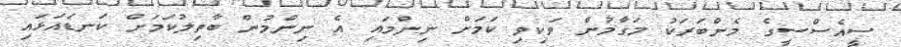
ސީއެސްސީގެ މެންބަރަކު މަގާމުން ވަކިވި ކަމަށް ނިންމައި އެ ނިންމުން ބާތިލުކަމަށް ކަނޑައަޅައި